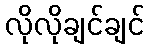
လိုလိုချင်ချင်